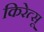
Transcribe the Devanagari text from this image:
किरेत्सू